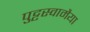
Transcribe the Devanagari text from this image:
पुट्टस्वामैया